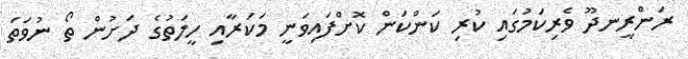
ރަންރީނދޫ ވެރިކަމުގައި ކުރި ކަންކަން ކޮށްފައިވަނީ މަކަރާއި ހީލަތުގެ ދަށުން ތޯ ނުވަތަ